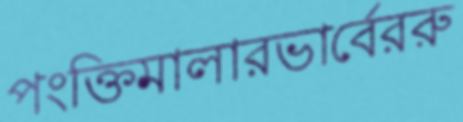
পংক্তিমালারভার্বেররু